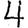
Digit: 4